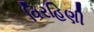
વિરહિણી